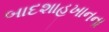
બાદશાહખાનના